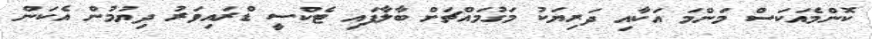
ކޮންމެއަކަސް މަންމަ އަކާއި ދަރިޔަކު މަގުމައްޗަށް ބާލާފައި ޓެކްސީ ޑްރައިވަރު ދިޔުމުން އެކަން